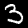
Label: 3